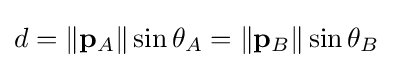
d=\|\mathbf {p} _{A}\|\sin \theta _{A}=\|\mathbf {p} _{B}\|\sin \theta _{B}